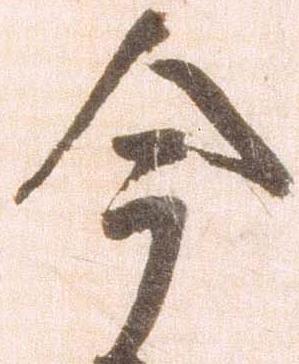
今